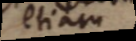
etiam